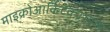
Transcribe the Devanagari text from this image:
माइक्रोआर्किटेक्चरयुक्त